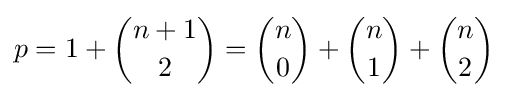
p=1+{\dbinom {n+1}{2}}={\dbinom {n}{0}}+{\dbinom {n}{1}}+{\dbinom {n}{2}}